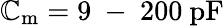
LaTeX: \mathbb{C}_{\mathrm{{m}}}=9\mathrm{{~-~}}200~\mathrm{{pF}}